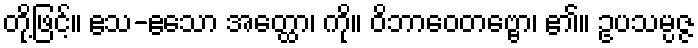
တို့ဖြင့်။ ဧသ-ဧသော အတ္ထော၊ ကို။ ဝိဘာဝေတဗ္ဗော၊ ၏။ ဥပသမ္ပဇ္ဇ